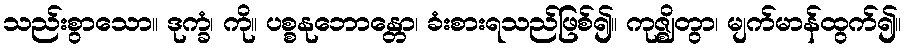
သည်းစွာသော။ ဒုက္ခံ၊ ကို။ ပစ္စနုဘောန္တော၊ ခံးစားရသည်ဖြစ်၍။ ကုဇ္ဈိတွာ၊ မျက်မာန်ထွက်၍။